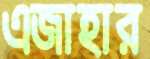
এজাহার